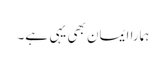
ہمارا ایمان بھی یہی ہے۔